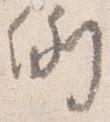
例